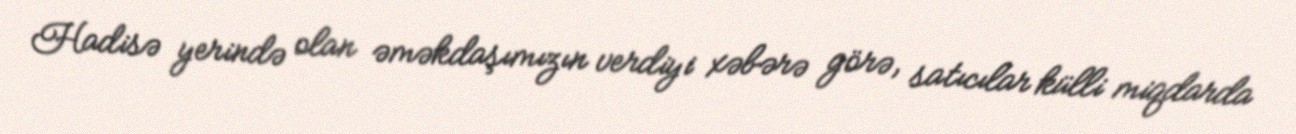
Hadisə yerində olan əməkdaşımızın verdiyi xəbərə görə, satıcılar külli miqdarda